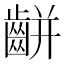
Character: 𪘀